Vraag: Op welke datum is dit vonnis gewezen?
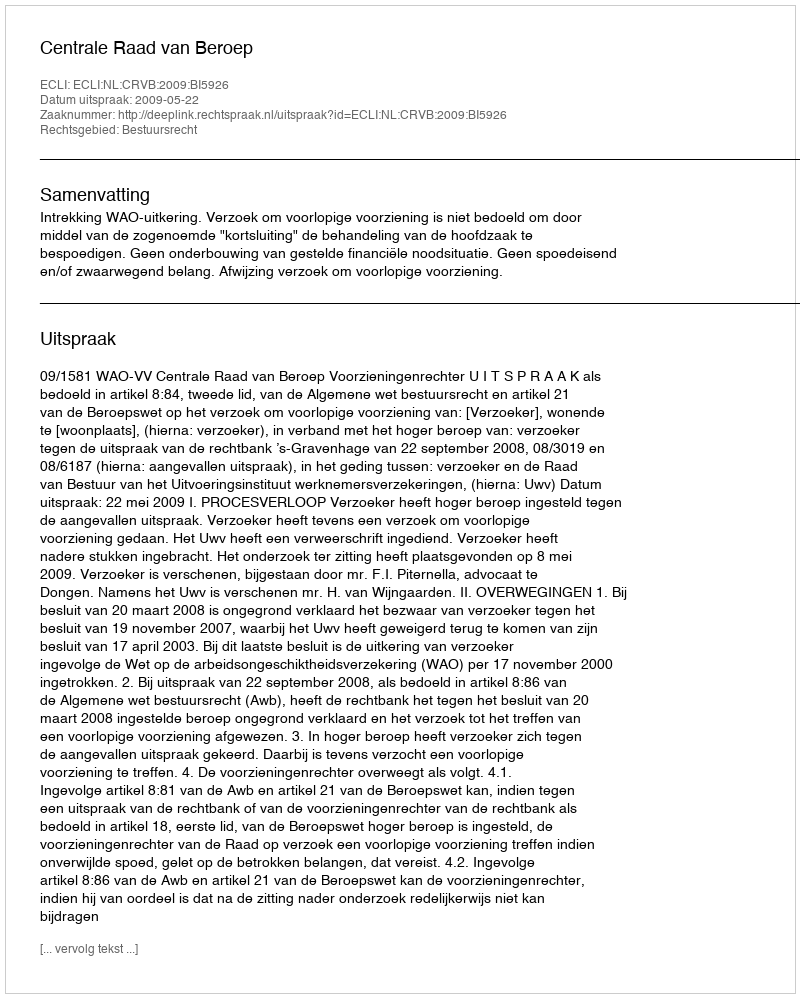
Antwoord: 2009-05-22